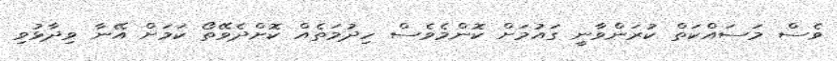
ވެސް މަސައްކަތް ކުރަންވާނީ ގައުމަށް ކޮންމެވެސް ހިދުމަތެއް ކޮށްދެވޭތޯ ކަމަށް އޭނާ ވިދާޅުވި